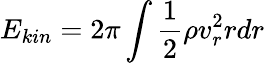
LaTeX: E_{kin}=2\pi\int\frac{1}{2}\rho v_{r}^{2}rdr